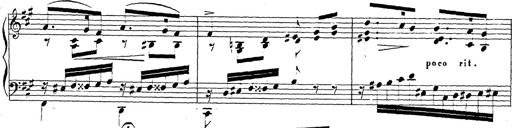
Title: Chanson bohÃ©mienne
Composer: Franz Liszt